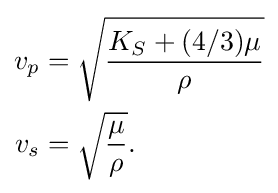
{\begin{aligned}v_{p}&={\sqrt {\frac {K_{S}+(4/3)\mu }{\rho }}}\\v_{s}&={\sqrt {\frac {\mu }{\rho }}}.\end{aligned}}